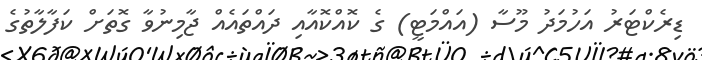
ޑިރެކްޓަރު އަހުމަދު މޫސާ (އައްމަޓީ) ގެ ކޮއްކޮއާއި ދައްތައެއް ޖާމިނުވާ ގޮތަށް ކަފާލާތުގެ